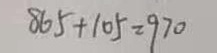
8 6 5 + 1 0 5 = 9 7 0